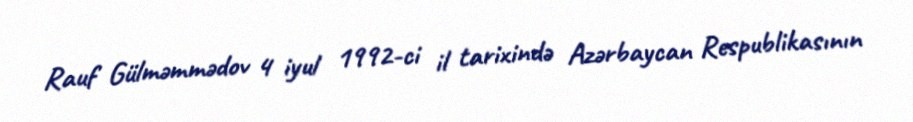
Rauf Gülməmmədov 4 iyul 1992-ci il tarixində Azərbaycan Respublikasının